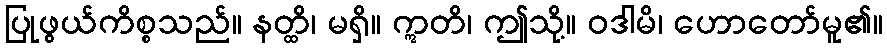
ပြုဖွယ်ကိစ္စသည်။ နတ္ထိ၊ မရှိ။ ဣတိ၊ ဤသို့။ ဝဒါမိ၊ ဟောတော်မူ၏။